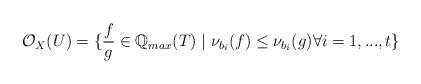
LaTeX: \begin{align*}\mathcal{O}_X(U)=\{\frac{f}{g} \in \mathbb{Q}_{max}(T) \mid \nu_{b_i}(f) \leq \nu_{b_i}(g) \forall i=1,...,t\}\end{align*}